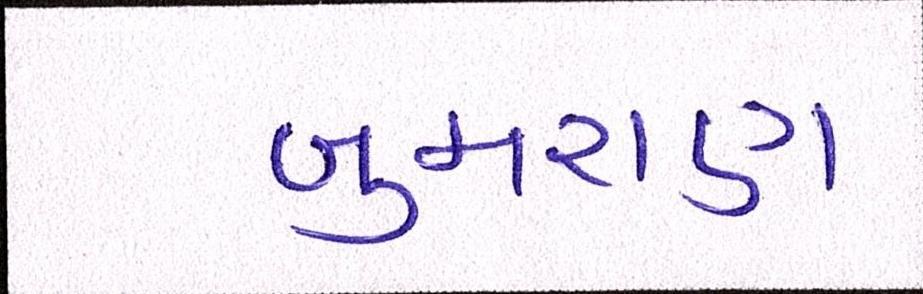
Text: બુમરાણ